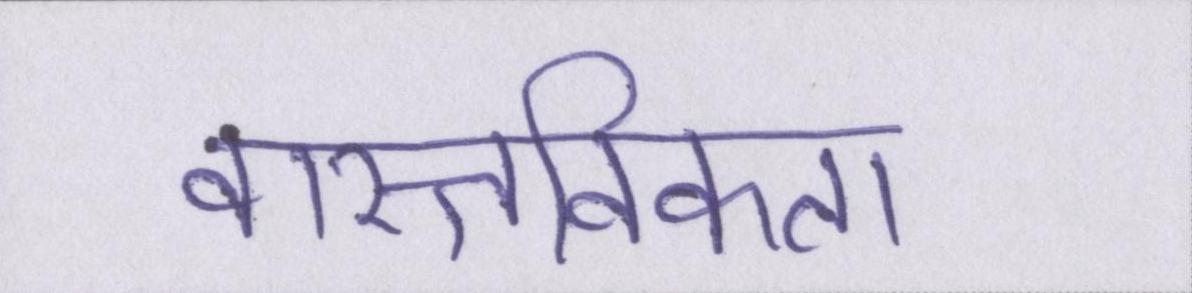
वास्तविकता